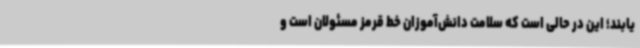
یابند؛ این در حالی است که سلامت دانش‌آموزان خط قرمز مسئولان است و